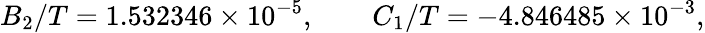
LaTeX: B_{2}/T=1.532346\times 10^{-5},\qquad C_{1}/T=-4.846485\times 10^{-3},